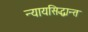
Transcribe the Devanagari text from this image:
न्यायसिद्धान्त